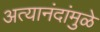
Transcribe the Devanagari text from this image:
अत्यानंदांमुळे